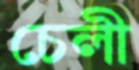
চেলী